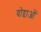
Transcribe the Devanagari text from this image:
योद्दाओं